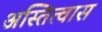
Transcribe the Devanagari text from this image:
अस्तित्वास